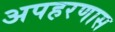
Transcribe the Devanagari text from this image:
अपहरणास